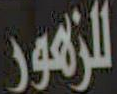
للزهور